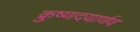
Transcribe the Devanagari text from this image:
क्रुष्णदयार्णव